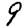
Digit: 9